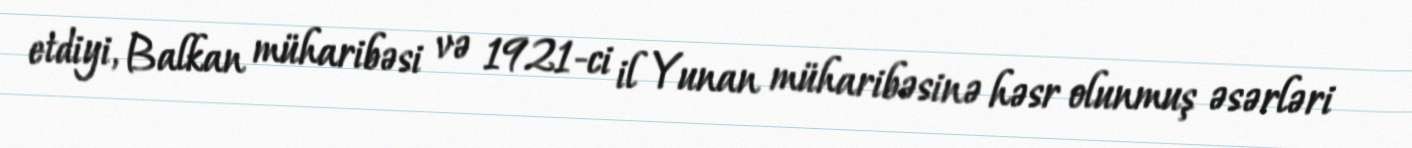
etdiyi, Balkan müharibəsi və 1921-ci il Yunan müharibəsinə həsr olunmuş əsərləri